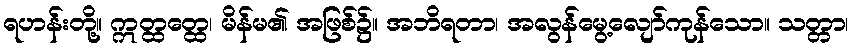
ရဟန်းတို့။ ဣတ္ထတ္ထေ၊ မိန်မ၏ အဖြစ်၌။ အဘိရတာ၊ အလွန်မွေ့လျော်ကုန်သော။ သတ္တာ၊